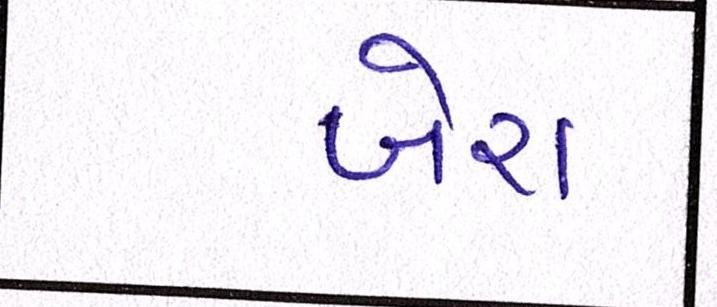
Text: બેરા